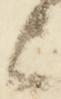
上